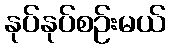
နုပ်နုပ်စဉ်းမယ်